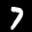
Label: 7